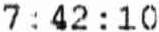
7 : 42 : 10